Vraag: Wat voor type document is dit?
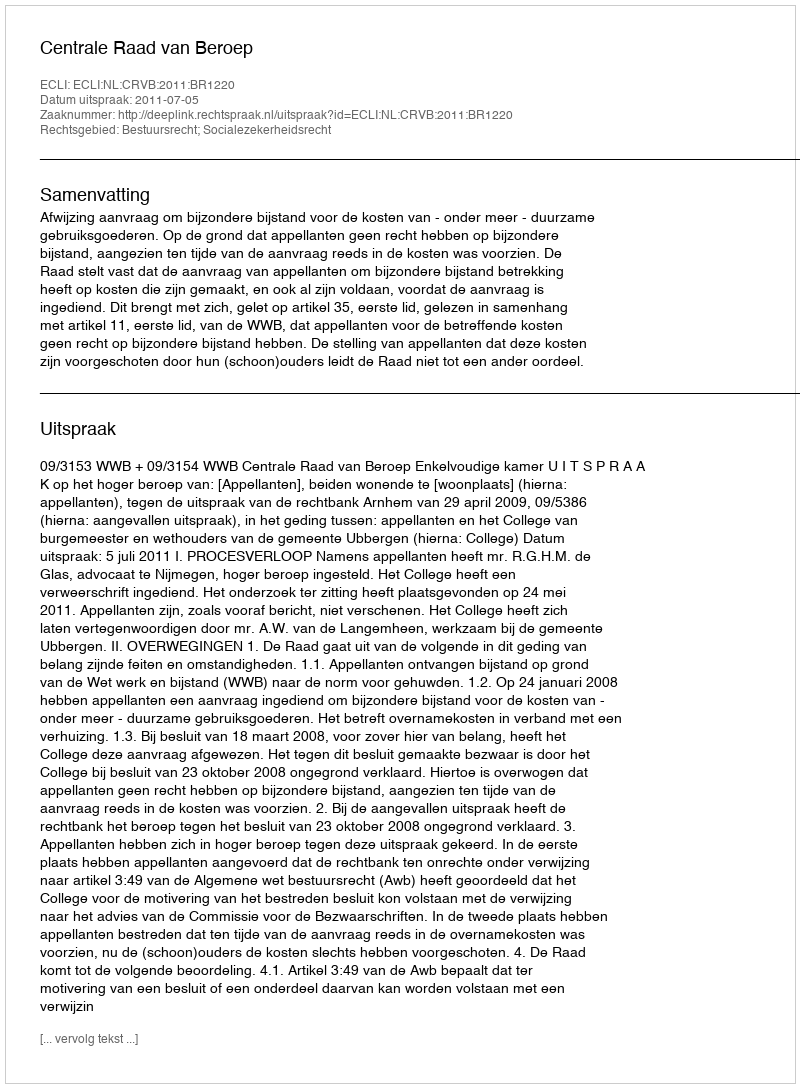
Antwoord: Uitspraak